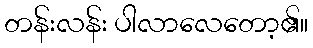
တန်းလန်း ပါလာလေတော့၏။